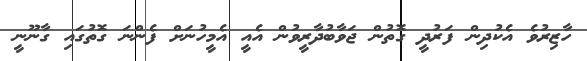
ހާޒިރުވެ އެކުދިން ފަރުދީ ގޮތުން ޖަވާބުދާރީވުން އެއީ އެމީހުނަށް ފެންނަ ގޮތުގައި ގާނޫނީ